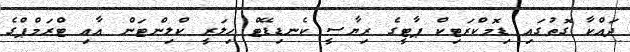
ދައްކާ ގޮތުގައި ޑިމޮކްރަޓިކް ޕާޓީގެ ރިޔާސީ ކެނޑިޑޭޓް ހިލަރީ ކްލިންޓަން އާއި ޓްރަމްޕްގެ